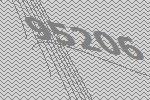
95206